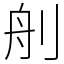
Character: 𦨉